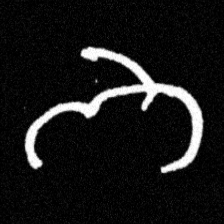
Pyu character \u2014 Myanmar letter: ဘ (romanized: bha)